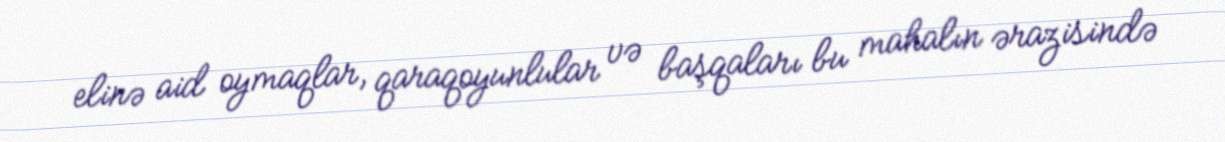
elinə aid oymaqlar, qaraqoyunlular və başqaları bu mahalın ərazisində